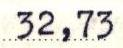
32,73